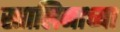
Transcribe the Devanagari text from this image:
स्तालिनाच्या